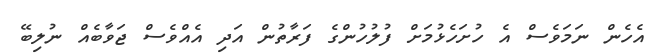
އެހެން ނަމަވެސް އެ ހުށަހެޅުމަށް ފުލުހުންގެ ފަރާތުން އަދި އެއްވެސް ޖަވާބެއް ނުލިބޭ